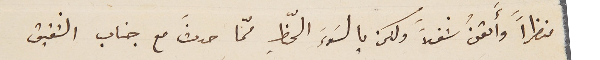
منظراً وأَتقنُ شغلاً ولكن يا لسَوء َالحظِّ ممّا حدثَ مع جناب الشقيق